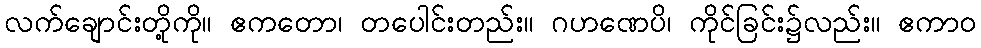
လက်ချောင်းတို့ကို။ ဧကတော၊ တပေါင်းတည်း။ ဂဟဏေပိ၊ ကိုင်ခြင်း၌လည်း။ ဧကာဝ